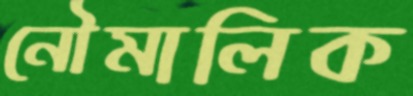
নৌমালিক